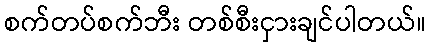
စက်တပ်စက်ဘီး တစ်စီးငှားချင်ပါတယ်။